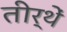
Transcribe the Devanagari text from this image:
तीर्थें